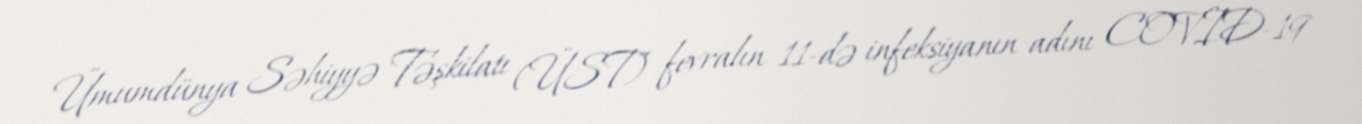
Ümumdünya Səhiyyə Təşkilatı (ÜST) fevralın 11-də infeksiyanın adını COVID-19